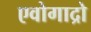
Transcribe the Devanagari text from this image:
एवोगाद्रो